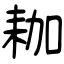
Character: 耞